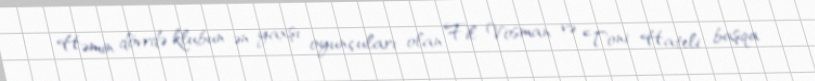
Həmin dövrdə klubun ən yaxşı oyunçuları olan Fil Vosman və Toni Hateli başqa